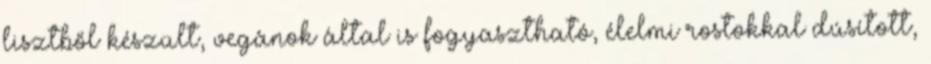
lisztből készült, vegánok által is fogyasztható, élelmi rostokkal dúsított,